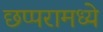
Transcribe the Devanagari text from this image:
छप्परामध्ये